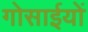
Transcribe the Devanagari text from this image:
गोसाईयों